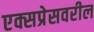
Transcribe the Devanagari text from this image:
एक्सप्रेसवरील